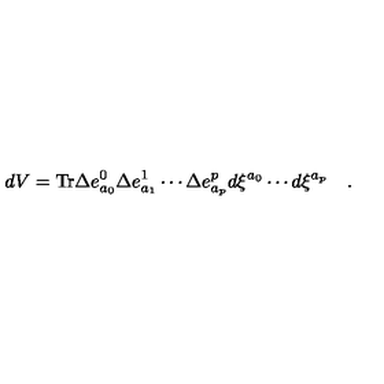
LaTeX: d V = \mathrm { T r } \Delta e _ { a _ { 0 } } ^ { 0 } \Delta e _ { a _ { 1 } } ^ { 1 } \cdots \Delta e _ { a _ { p } } ^ { p } d \xi ^ { a _ { 0 } } \cdots d \xi ^ { a _ { p } } \quad .